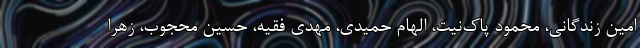
امین زندگانی، محمود پاک‌نیت، الهام حمیدی، مهدی فقیه، حسین محجوب، زهرا